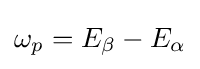
\omega _{p}=E_{\beta }-E_{\alpha }